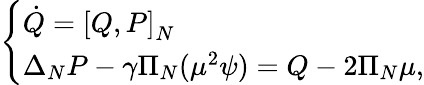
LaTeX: \left\{ \begin{array}{ll}{\dot{Q}=\left[Q,P\right]_{N}}\\ {\Delta_{N}P-\gamma\Pi_{N}(\mu^{2}\psi)=Q-2\Pi_{N}\mu,}\end{array}\right.